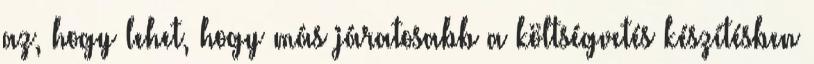
az, hogy lehet, hogy más járatosabb a költségvetés készítésben